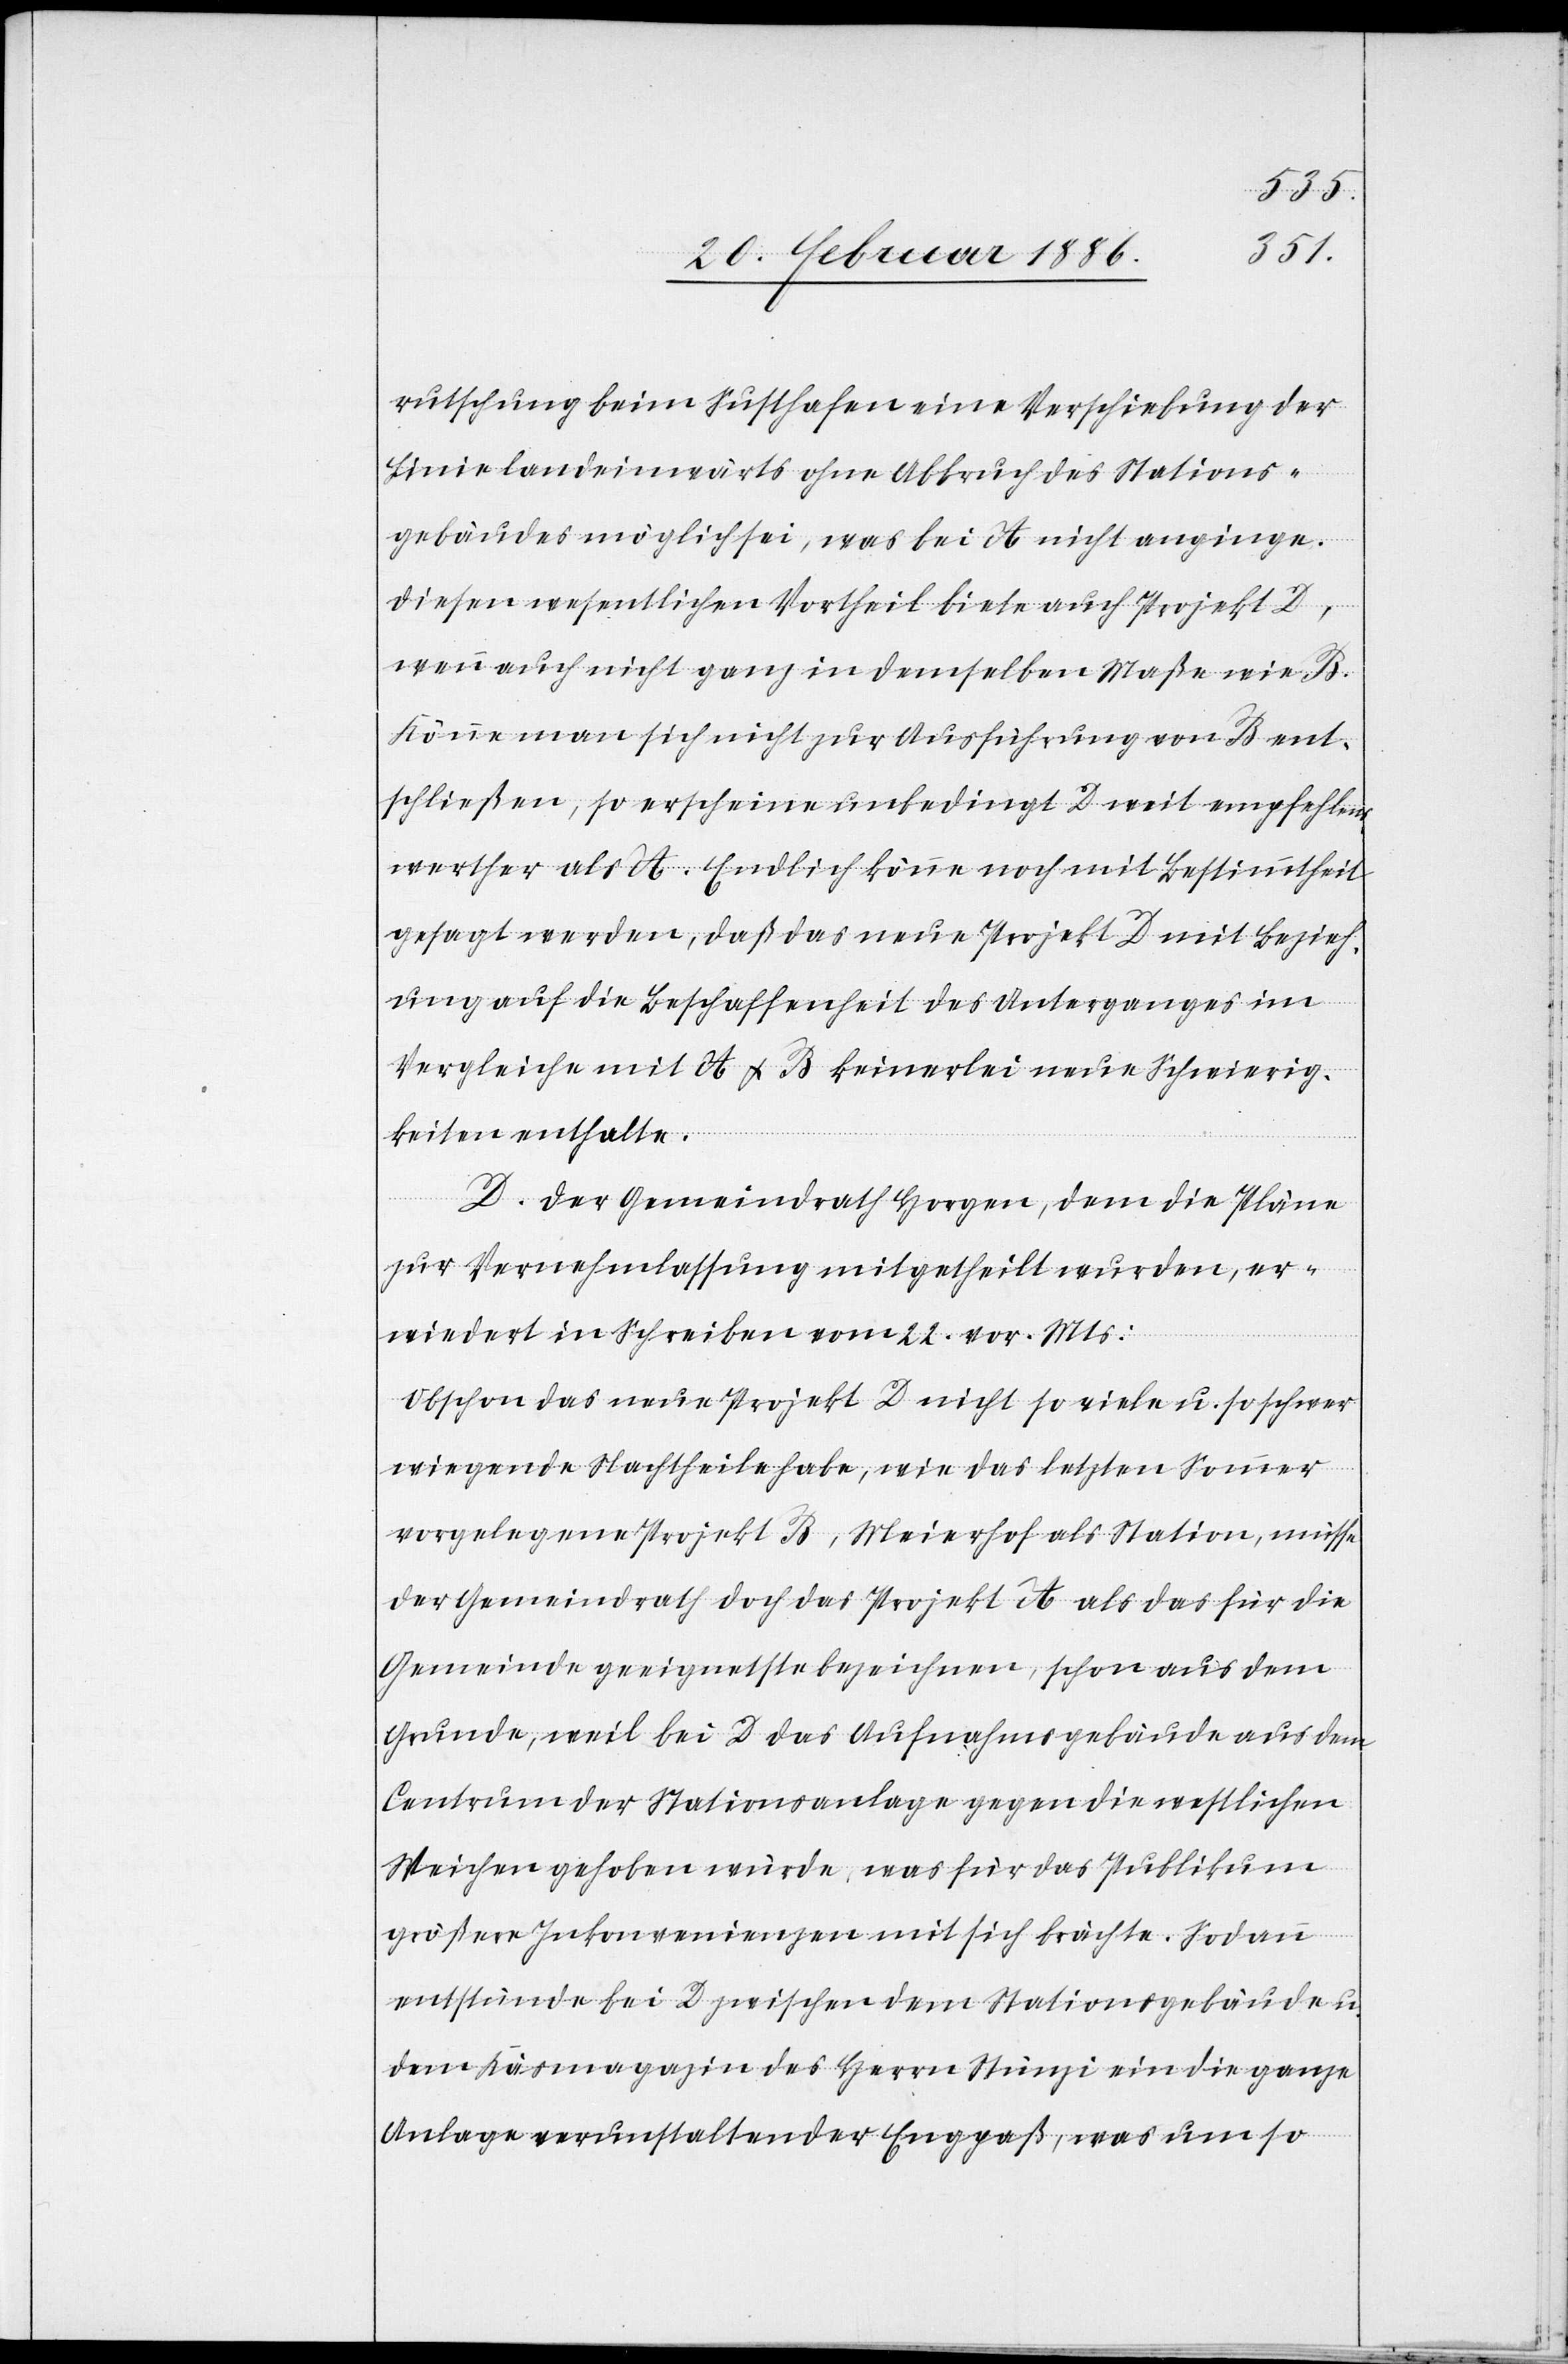
rutschung beim Susthafen eine Verschiebung der
Linie landeinwärts ohne Abbruch des Stations¬
gebäudes möglich sei, was bei A nicht anginge.
Diesen wesentlichen Vortheil biete auch Projekt D,
wenn auch nicht ganz in demselben Maße wie B.
Könne man sich nicht zur Ausführung von B ent¬
schließen, so erscheine unbedingt D weit empfehlens¬
werther als A. Endlich könne noch nicht mit Bestimmtheit
gefragt werden, daß das neue Projekt D mit Bezieh¬
ung auf die Beschaffenheit des Unterganges im
Vergleiche mit A & B keinerlei neue Schwierig¬
keiten enthalte.
D. Der Gemeindrath Horgen, dem die Pläne
zur Vernehmlassung mitgetheilt wurden, er¬
wiedert in Schreiben vom 22. vor. Mts.:
Obschon das neue Projekt D nicht so viele u. so schwer¬
wiegende Nachtheile habe, wie das letzten Sommer
vorgelegene Projekt B, Meierhof als Station, müsse
der Gemeindrath doch das Projekt A als das für die
Gemeinde geeignetste bezeichnen, schon aus dem
Grunde, weil bei D das Aufnahmsgebäude aus dem
Centrum der Stationsanlage gegen die westlichen
Weichen gehoben würde, was für das Publikum
größere Inkonvenienzen mit sich brächte. Sodann
entstünde bei D zwischen dem Stationsgebäude u.
dem Käsmagazin des Herrn Stünzi ein die ganze
Anlage verunstaltender Engpaß, was um so